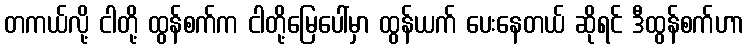
တကယ်လို့ ငါတို့ ထွန်စက်က ငါတို့မြေပေါ်မှာ ထွန်ယက် ပေးနေတယ် ဆိုရင် ဒီထွန်စက်ဟာ